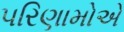
પરિણામોએ